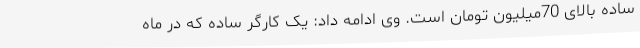
ساده بالای 70میلیون تومان است. وی ادامه داد: یک کارگر ساده که در ماه